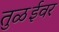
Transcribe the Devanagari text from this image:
तुळईवर